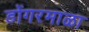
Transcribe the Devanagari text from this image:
डोंगरमाळा